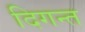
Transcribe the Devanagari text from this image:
दिगन्त